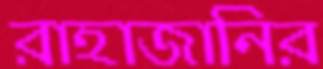
রাহাজানির